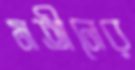
মতীনের